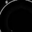
Digit: 8